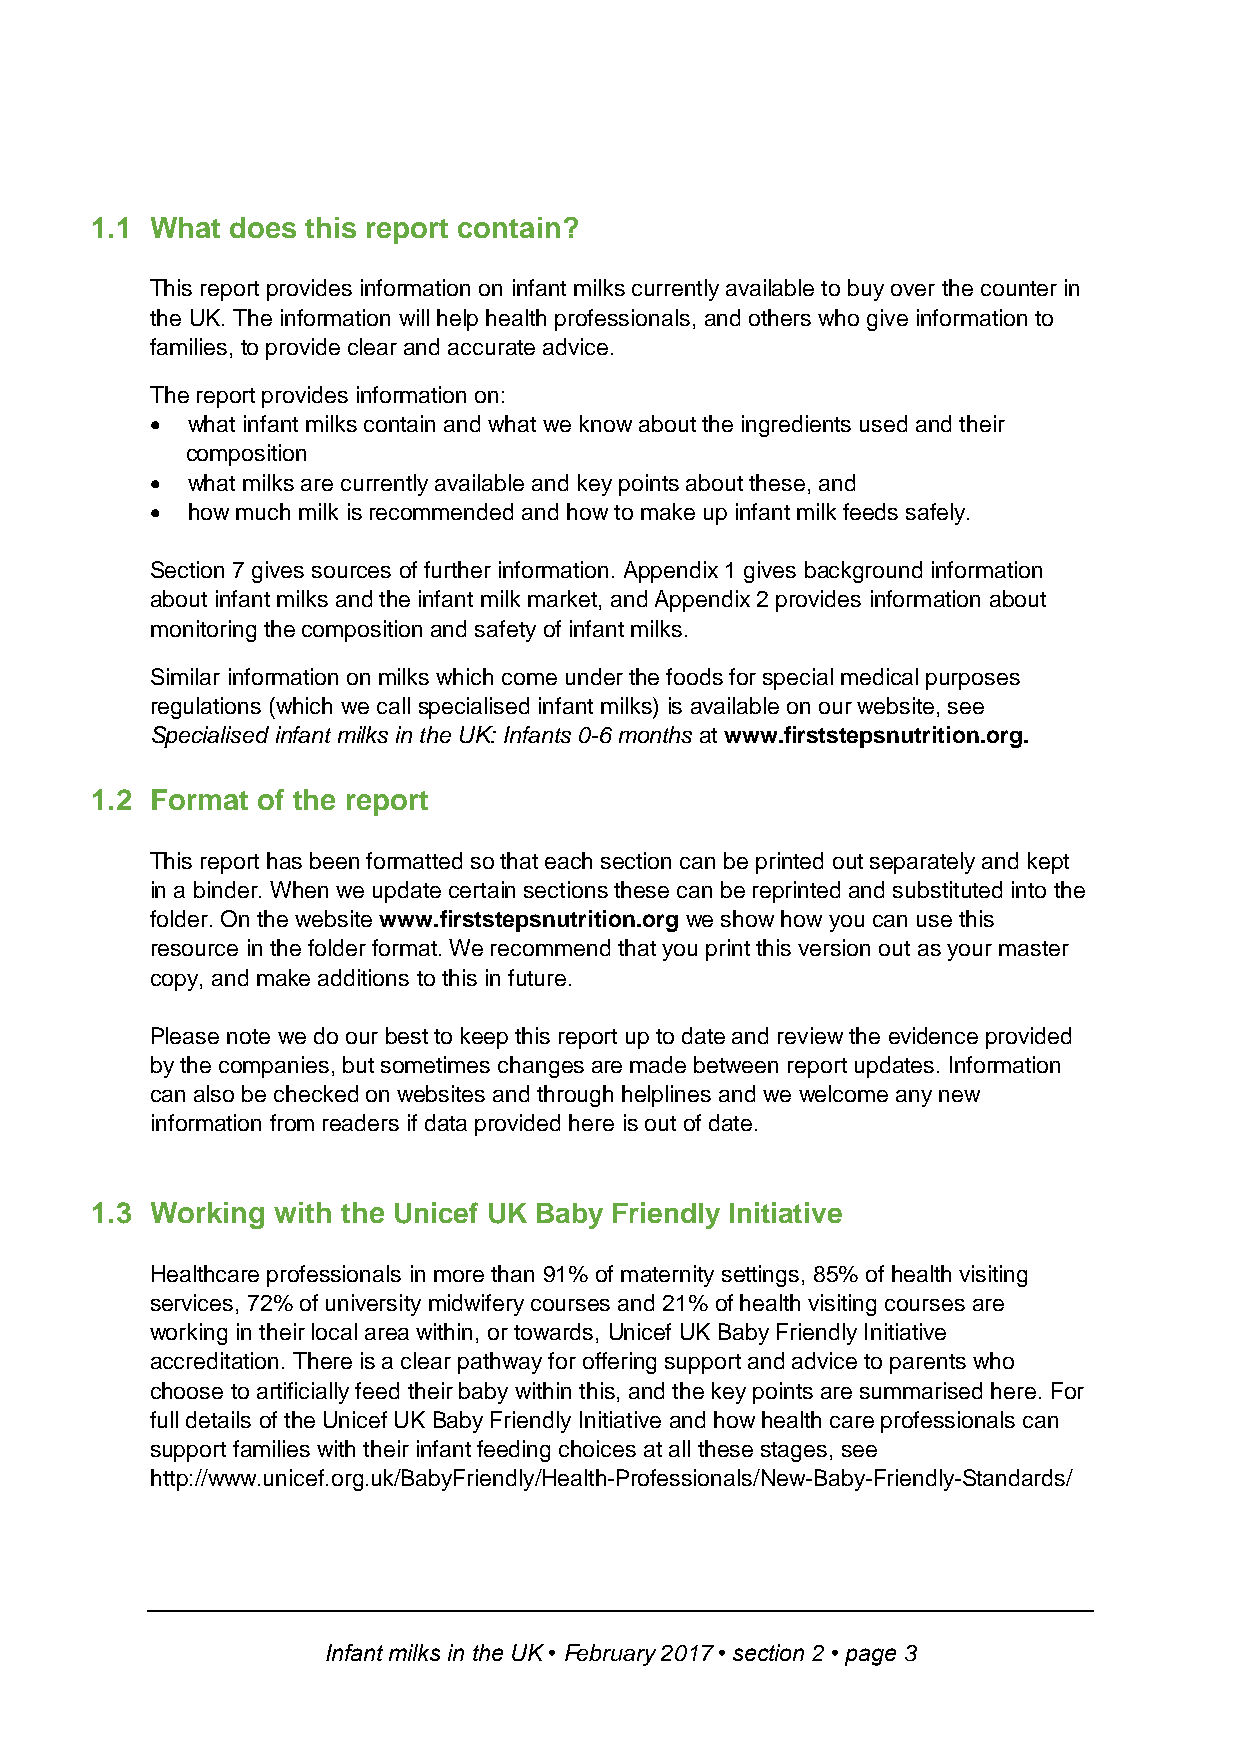
1.1 What does this report contain?
 This report provides information on infant milks currently available to buy over the counter in
 the UK. The information will help health professionals, and others who give information to
 families, to provide clear and accurate advice.
 The report provides information on:
  what infant milks contain and what we know about the ingredients used and their
 composition
  what milks are currently available and key points about these, and
  how much milk is recommended and how to make up infant milk feeds safely.
 Section 7 gives sources of further information. Appendix 1 gives background information
 about infant milks and the infant milk market, and Appendix 2 provides information about
 monitoring the composition and safety of infant milks.
 Similar information on milks which come under the foods for special medical purposes
 regulations (which we call specialised infant milks) is available on our website, see
 Specialised infant milks in the UK: Infants 0-6 months at www.firststepsnutrition.org.
 1.2 Format of the report
 This report has been formatted so that each section can be printed out separately and kept
 in a binder. When we update certain sections these can be reprinted and substituted into the
 folder. On the website www.firststepsnutrition.org we show how you can use this
 resource in the folder format. We recommend that you print this version out as your master
 copy, and make additions to this in future.
 Please note we do our best to keep this report up to date and review the evidence provided
 by the companies, but sometimes changes are made between report updates. Information
 can also be checked on websites and through helplines and we welcome any new
 information from readers if data provided here is out of date.
 1.3 Working with the Unicef UK Baby Friendly Initiative
 Healthcare professionals in more than 91% of maternity settings, 85% of health visiting
 services, 72% of university midwifery courses and 21% of health visiting courses are
 working in their local area within, or towards, Unicef UK Baby Friendly Initiative
 accreditation. There is a clear pathway for offering support and advice to parents who
 choose to artificially feed their baby within this, and the key points are summarised here. For
 full details of the Unicef UK Baby Friendly Initiative and how health care professionals can
 support families with their infant feeding choices at all these stages, see
 http://www.unicef.org.uk/BabyFriendly/Health-Professionals/New-Baby-Friendly-Standards/
 Infant milks in the UK • February 2017 • section 2 • page 3